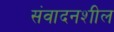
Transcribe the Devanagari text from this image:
संवादनशील